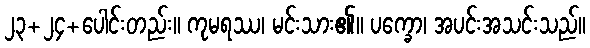
၂၃+၂၄+ပေါင်းတည်း။ ကုမရဿ၊ မင်းသား၏။ ပက္ခော၊ အပင်းအသင်းသည်။